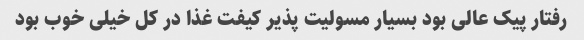
رفتار پیک عالی بود بسیار مسولیت پذیر کیفت غذا در کل خیلی خوب بود